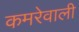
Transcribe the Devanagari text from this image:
कमरेवाली